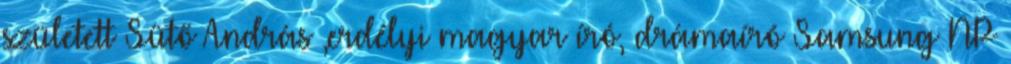
született Sütő András ,erdélyi magyar író, drámaíró Samsung NP